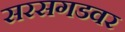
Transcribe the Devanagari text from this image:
सरसगडवर